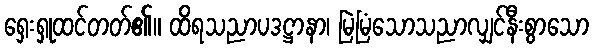
ရှေးရှုထင်တတ်၏။ ထိရသညာပဒဋ္ဌာနာ၊ မြဲမြံသောသညာလျှင်နီးစွာသော